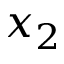
x _ { 2 }